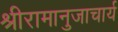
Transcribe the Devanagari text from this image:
श्रीरामानुजाचार्य